Annual report of the Central Committee of the Association together with the report of the directors of the Pasteur Institute at Kasauli
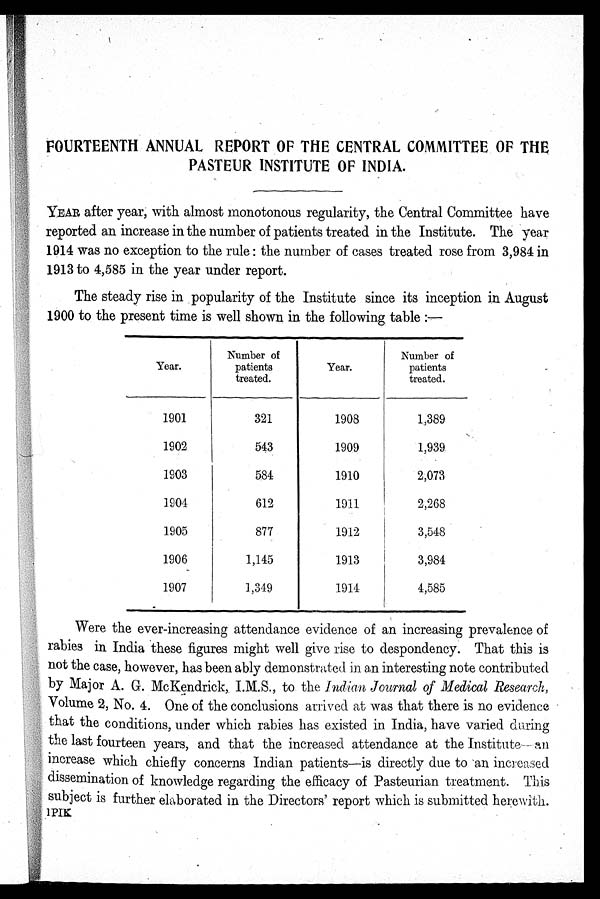
FOURTEENTH ANNUAL REPORT OF THE CENTRAL COMMITTEE OF THE
PASTEUR INSTITUTE OF INDIA.
YEAR after year, with almost monotonous regularity, the Central Committee have
reported an increase in the number of patients treated in the Institute. The year
1914 was no exception to the rule: the number of cases treated rose from 3,984 in
1913 to 4,585 in the year under report.
The steady rise in popularity of the Institute since its inception in August
1900 to the present time is well shown in the following table :—
Year.
Number of
patients
treated.
Year.
Number of
patients
treated.
1901
321
1908
1,389
1902
543
1909
1,939
1903
584
1910
2,073
1904
612
1911
2,268
1905
877
1912
3,548
1906
1,145
1913
3,984
1907
1,349
1914
4,585
Were the ever-increasing attendance evidence of an increasing prevalence of
rabies in India these figures might well give rise to despondency. That this is
not the case, however, has been ably demonstrated in an interesting note contributed
by Major A. G. McKendrick, I.M.S., to the Indian Journal of Medical Research,
Volume 2, No. 4. One of the conclusions arrived at was that there is no evidence
that the conditions, under which rabies has existed in India, have varied during
the last fourteen years, and that the increased attendance at the Institute—an.
increase which chiefly concerns Indian patients—is directly due to an increased
dissemination of knowledge regarding the efficacy of Pasteurian treatment. This
subject is further elaborated in the Directors' report which is submitted herewith.
1PIK